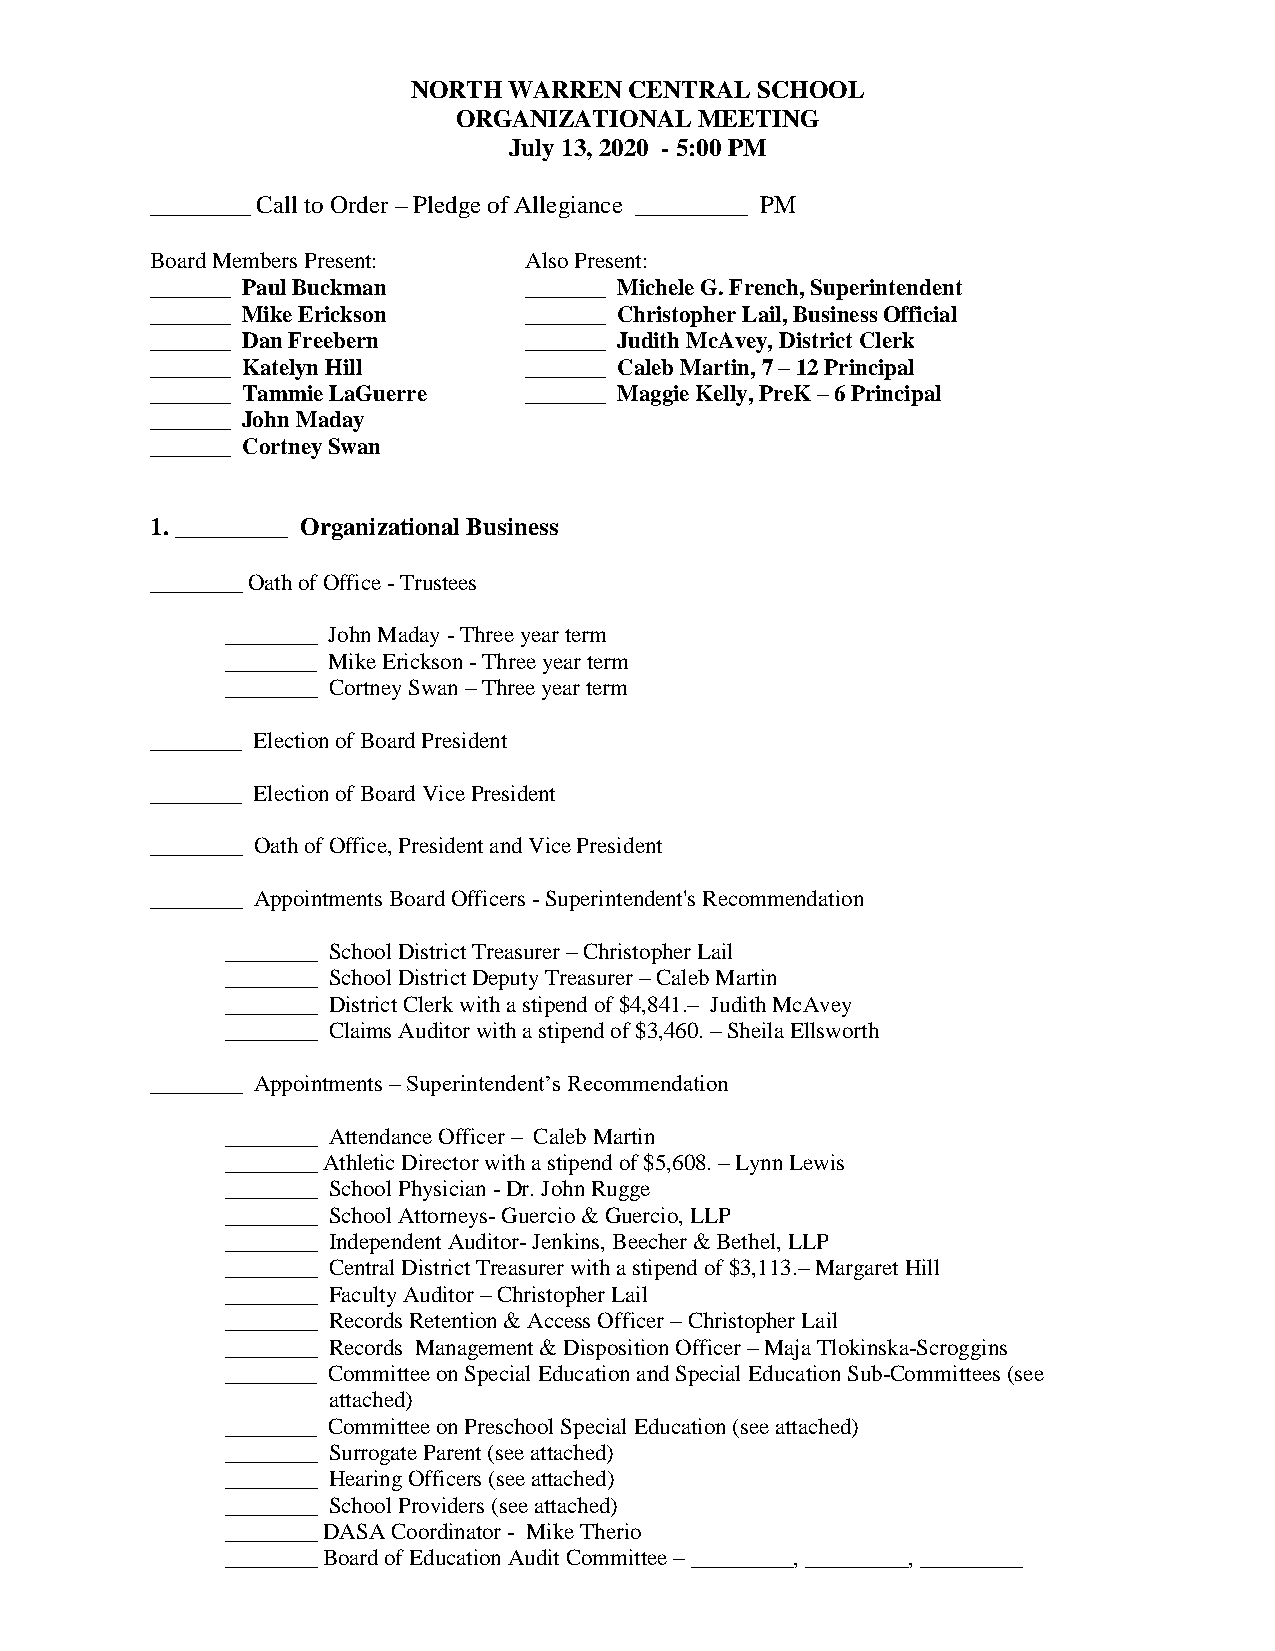
NORTH  WARREN  CENTRAL SCHOOL
 ORGANIZATIONAL  MEETING
 July 13, 2020 - 5:00 PM
 ________ Call to Order – Pledge of Allegiance _________ PM
 Board Members Present:   Also Present:
 _______ Paul Buckman     _______ Michele G. French, Superintendent
 _______ Mike Erickson    _______ Christopher Lail, Business Official
 _______ Dan Freebern     _______ Judith McAvey, District Clerk
 _______ Katelyn Hill     _______ Caleb Martin, 7 – 12 Principal
 _______ Tammie LaGuerre  _______ Maggie Kelly, PreK – 6 Principal
 _______ John Maday
 _______ Cortney Swan
 1. _________ Organizational Business
 ________ Oath of Office - Trustees
 ________ John Maday - Three year term
 ________ Mike Erickson - Three year term
 ________ Cortney Swan – Three year term
 ________ Election of Board President
 ________ Election of Board Vice President
 ________ Oath of Office, President and Vice President
 ________ Appointments Board Officers - Superintendent's Recommendation
 ________ School District Treasurer – Christopher Lail
 ________ School District Deputy Treasurer – Caleb Martin
 ________ District Clerk with a stipend of $4,841.– Judith McAvey
 ________ Claims Auditor with a stipend of $3,460. – Sheila Ellsworth
 ________ Appointments – Superintendent’s Recommendation
 ________ Attendance Officer – Caleb Martin
 ________ Athletic Director with a stipend of $5,608. – Lynn Lewis
 ________ School Physician - Dr. John Rugge
 ________ School Attorneys- Guercio & Guercio, LLP
 ________ Independent Auditor- Jenkins, Beecher & Bethel, LLP
 ________ Central District Treasurer with a stipend of $3,113.– Margaret Hill
 ________ Faculty Auditor – Christopher Lail
 ________ Records Retention & Access Officer – Christopher Lail
 ________ Records Management & Disposition Officer – Maja Tlokinska-Scroggins
 ________ Committee on Special Education and Special Education Sub-Committees (see
 attached)
 ________ Committee on Preschool Special Education (see attached)
 ________ Surrogate Parent (see attached)
 ________ Hearing Officers (see attached)
 ________ School Providers (see attached)
 ________ DASA Coordinator - Mike Therio
 ________ Board of Education Audit Committee – _________, _________, _________